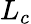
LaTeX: L_{c}